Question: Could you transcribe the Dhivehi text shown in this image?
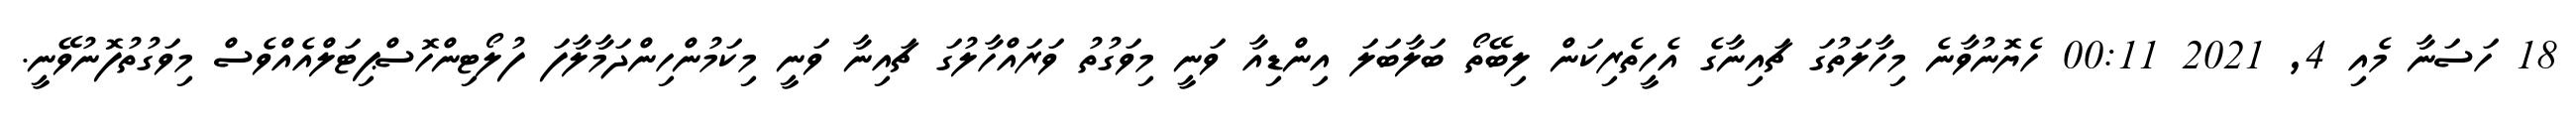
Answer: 18 ހަސަނާ މެއި 4, 2021 00:11 ހެޔޮނުވާނެ މިހާލަތުގަ ޗައިނާގެ އެހީތެރިކަން ލިބޭތޯ ބަލާބަލަ އިންޑިއާ ވަނީ މިވަގުތު ވަރައްހާލުގަ ޗައިނާ ވަނީ މިކަމުންހިންދަމާލާފަ ފުލޯޓިންހޮސްޕިޓަލްއެއްވެސް މިވަގުތުފޮނުވޭނީ.